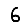
Digit: 6